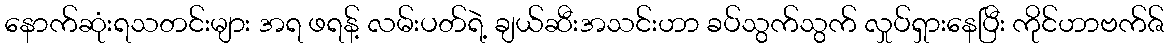
နောက်ဆုံးရသတင်းများ အရ ဖရန့် လမ်းပတ်ရဲ့ ချယ်ဆီးအသင်းဟာ ခပ်သွက်သွက် လှုပ်ရှားနေပြီး ကိုင်ဟာဗက်ဇ်